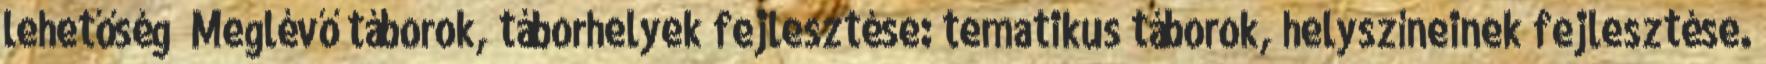
lehetőség ▪Meglévő táborok, táborhelyek fejlesztése: tematikus táborok, helyszíneinek fejlesztése.